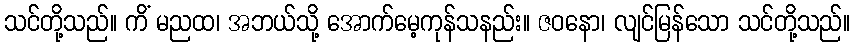
သင်တို့သည်။ ကိံ မညထ၊ အဘယ်သို့ အောက်မေ့ကုန်သနည်း။ ဇဝနော၊ လျင်မြန်သော သင်တို့သည်။